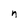
Character: n